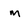
Character: m